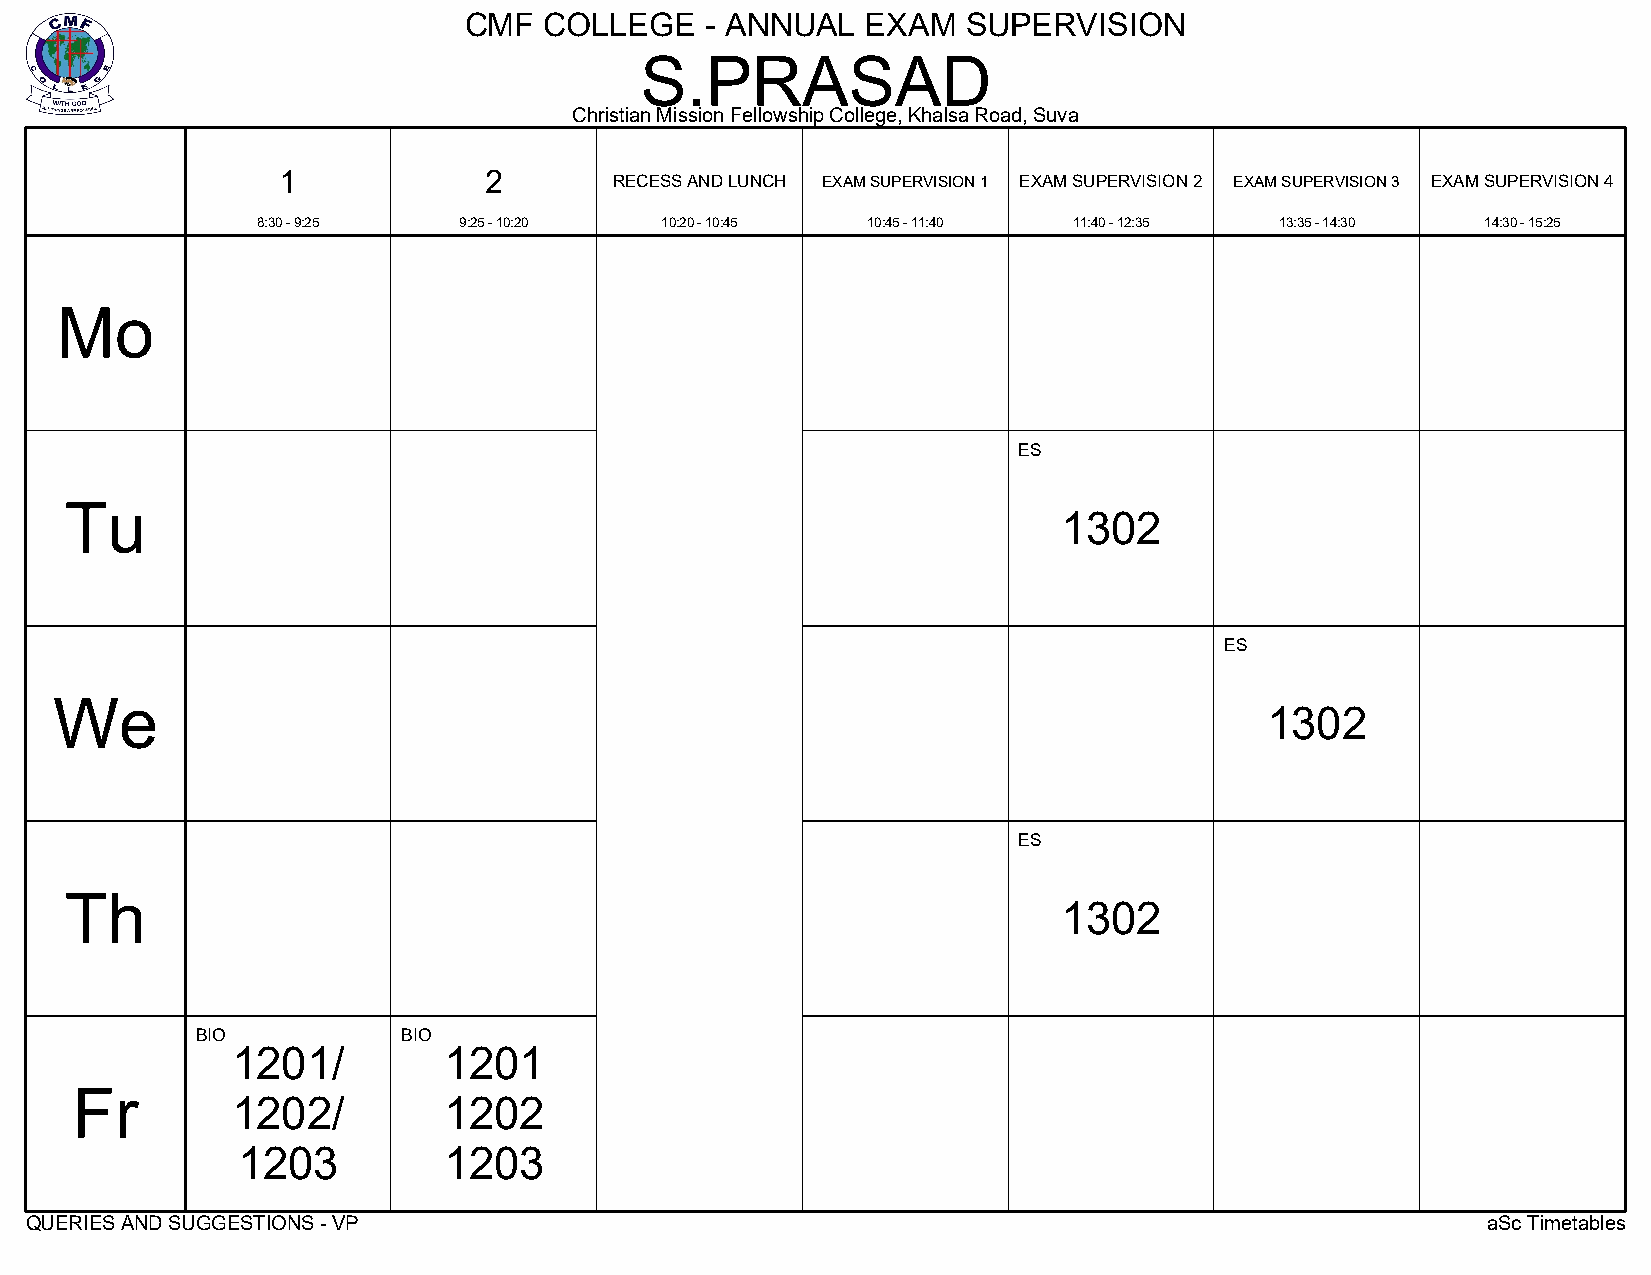
CMF  COLLEGE    - ANNUAL  EXAM   SUPERVISION
 S.PRASAD
 Christian Mission Fellowship College, Khalsa Road, Suva
 1             2
 RECESS AND LUNCH EXAM SUPERVISION 1 EXAM SUPERVISION 2 EXAM SUPERVISION 3 EXAM SUPERVISION 4
 8:30 - 9:25  9:25 - 10:20  10:20 - 10:45 10:45 - 11:40 11:40 - 12:35 13:35 - 14:30 14:30 - 15:25
 Mo
 ES
 Tu
 1302
 ES
 We
 1302
 ES
 Th
 1302
 BIO           BIO
 1201/         1201
 Fr
 1202/         1202
 1203         1203
 QUERIES AND SUGGESTIONS - VP                                                                    aSc Timetables